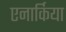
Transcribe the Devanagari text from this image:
एनार्किया